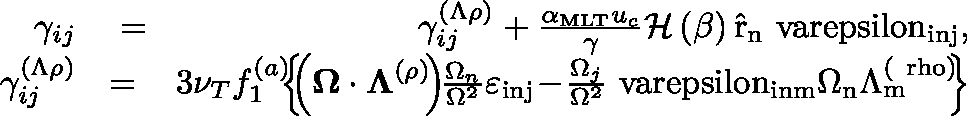
\begin{array} { r l r } { \gamma _ { i j } } & { { } = } & { \gamma _ { i j } ^ { ( \Lambda \rho ) } + \frac { \alpha _ { \mathrm { M L T } } u _ { c } } { \gamma } \mathcal { H } \left( \beta \right) \mathrm { \hat { r } _ { n } \ v a r e p s i l o n _ { i n j } } , } \\ { \gamma _ { i j } ^ { ( \Lambda \rho ) } } & { { } \! \! = \! \! } & { \! 3 \nu _ { T } f _ { 1 } ^ { ( a ) } \! \! \! \left\{ \! \! \left( \mathbf { \boldsymbol { \Omega } } \cdot \boldsymbol { \Lambda } ^ { ( \rho ) } \! \right) \! \! \frac { \Omega _ { n } } { \Omega ^ { 2 } } \varepsilon _ { \mathrm { i n j } } \! - \! \frac { \Omega _ { j } } { \Omega ^ { 2 } } \mathrm { \ v a r e p s i l o n _ { i n m } \Omega _ { n } \Lambda _ { m } ^ { ( \ r h o ) } } \! \! \right\} } \end{array}